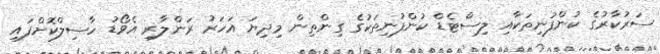
ސަރުކާރުގެ ކުންފުނިތަކާއި ލިސްޓެޑް ކުންފުނިތަކުގެ ގިންތިން މިދިޔަ އަހަރު ރަންލާރި އެވޯޑު ހާސިލްކޮށްފައި